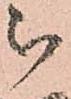
被